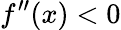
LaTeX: f^{\prime\prime}(x)<0